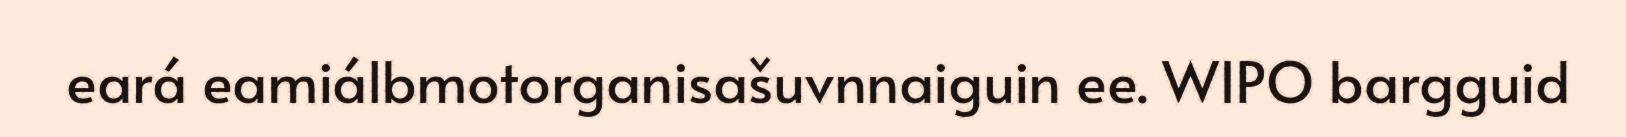
eará eamiálbmotorganisašuvnnaiguin ee. WIPO bargguid